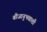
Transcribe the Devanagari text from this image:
बीजानुभवाशी